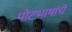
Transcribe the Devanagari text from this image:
पोटभाषांचे